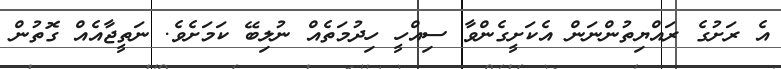
އެ ރަށުގެ ރައްޔިތުންނަން އެކަށީގެންވާ ސިއްހީ ހިދުމަތެއް ނުލިބޭ ކަމަށެވެ. ނަތީޖާއެއް ގޮތުން